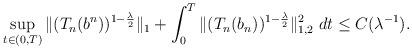
LaTeX: \begin{align*}\sup_{t\in (0,T)} \|(T_n(b^n))^{1-\frac{\lambda}{2}}\|_1 + \int_0^T \|(T_n(b_n))^{1-\frac{\lambda}{2}}\|_{1,2}^2\; dt \le C(\lambda^{-1}). \end{align*}